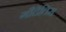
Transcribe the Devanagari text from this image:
गौदेंतिस